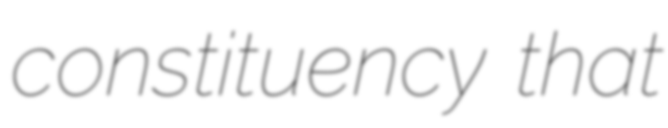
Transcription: constituency that